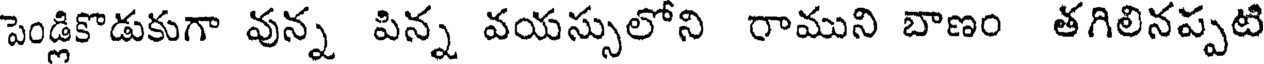
పెండ్లికొడుకుగా వున్న పిన్న వయస్సులోని రాముని బాణం తగిలినప్పటి